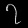
Digit: ၇